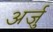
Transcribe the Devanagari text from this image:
अर्जु